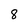
Character: 8